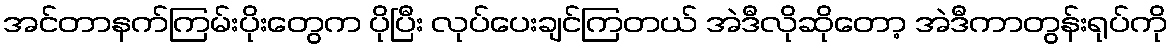
အင်တာနက်ကြမ်းပိုးတွေက ပိုပြီး လုပ်ပေးချင်ကြတယ် အဲဒီလိုဆိုတော့ အဲဒီကာတွန်းရုပ်ကို